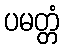
ပမတ္တံ